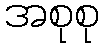
အစုစု